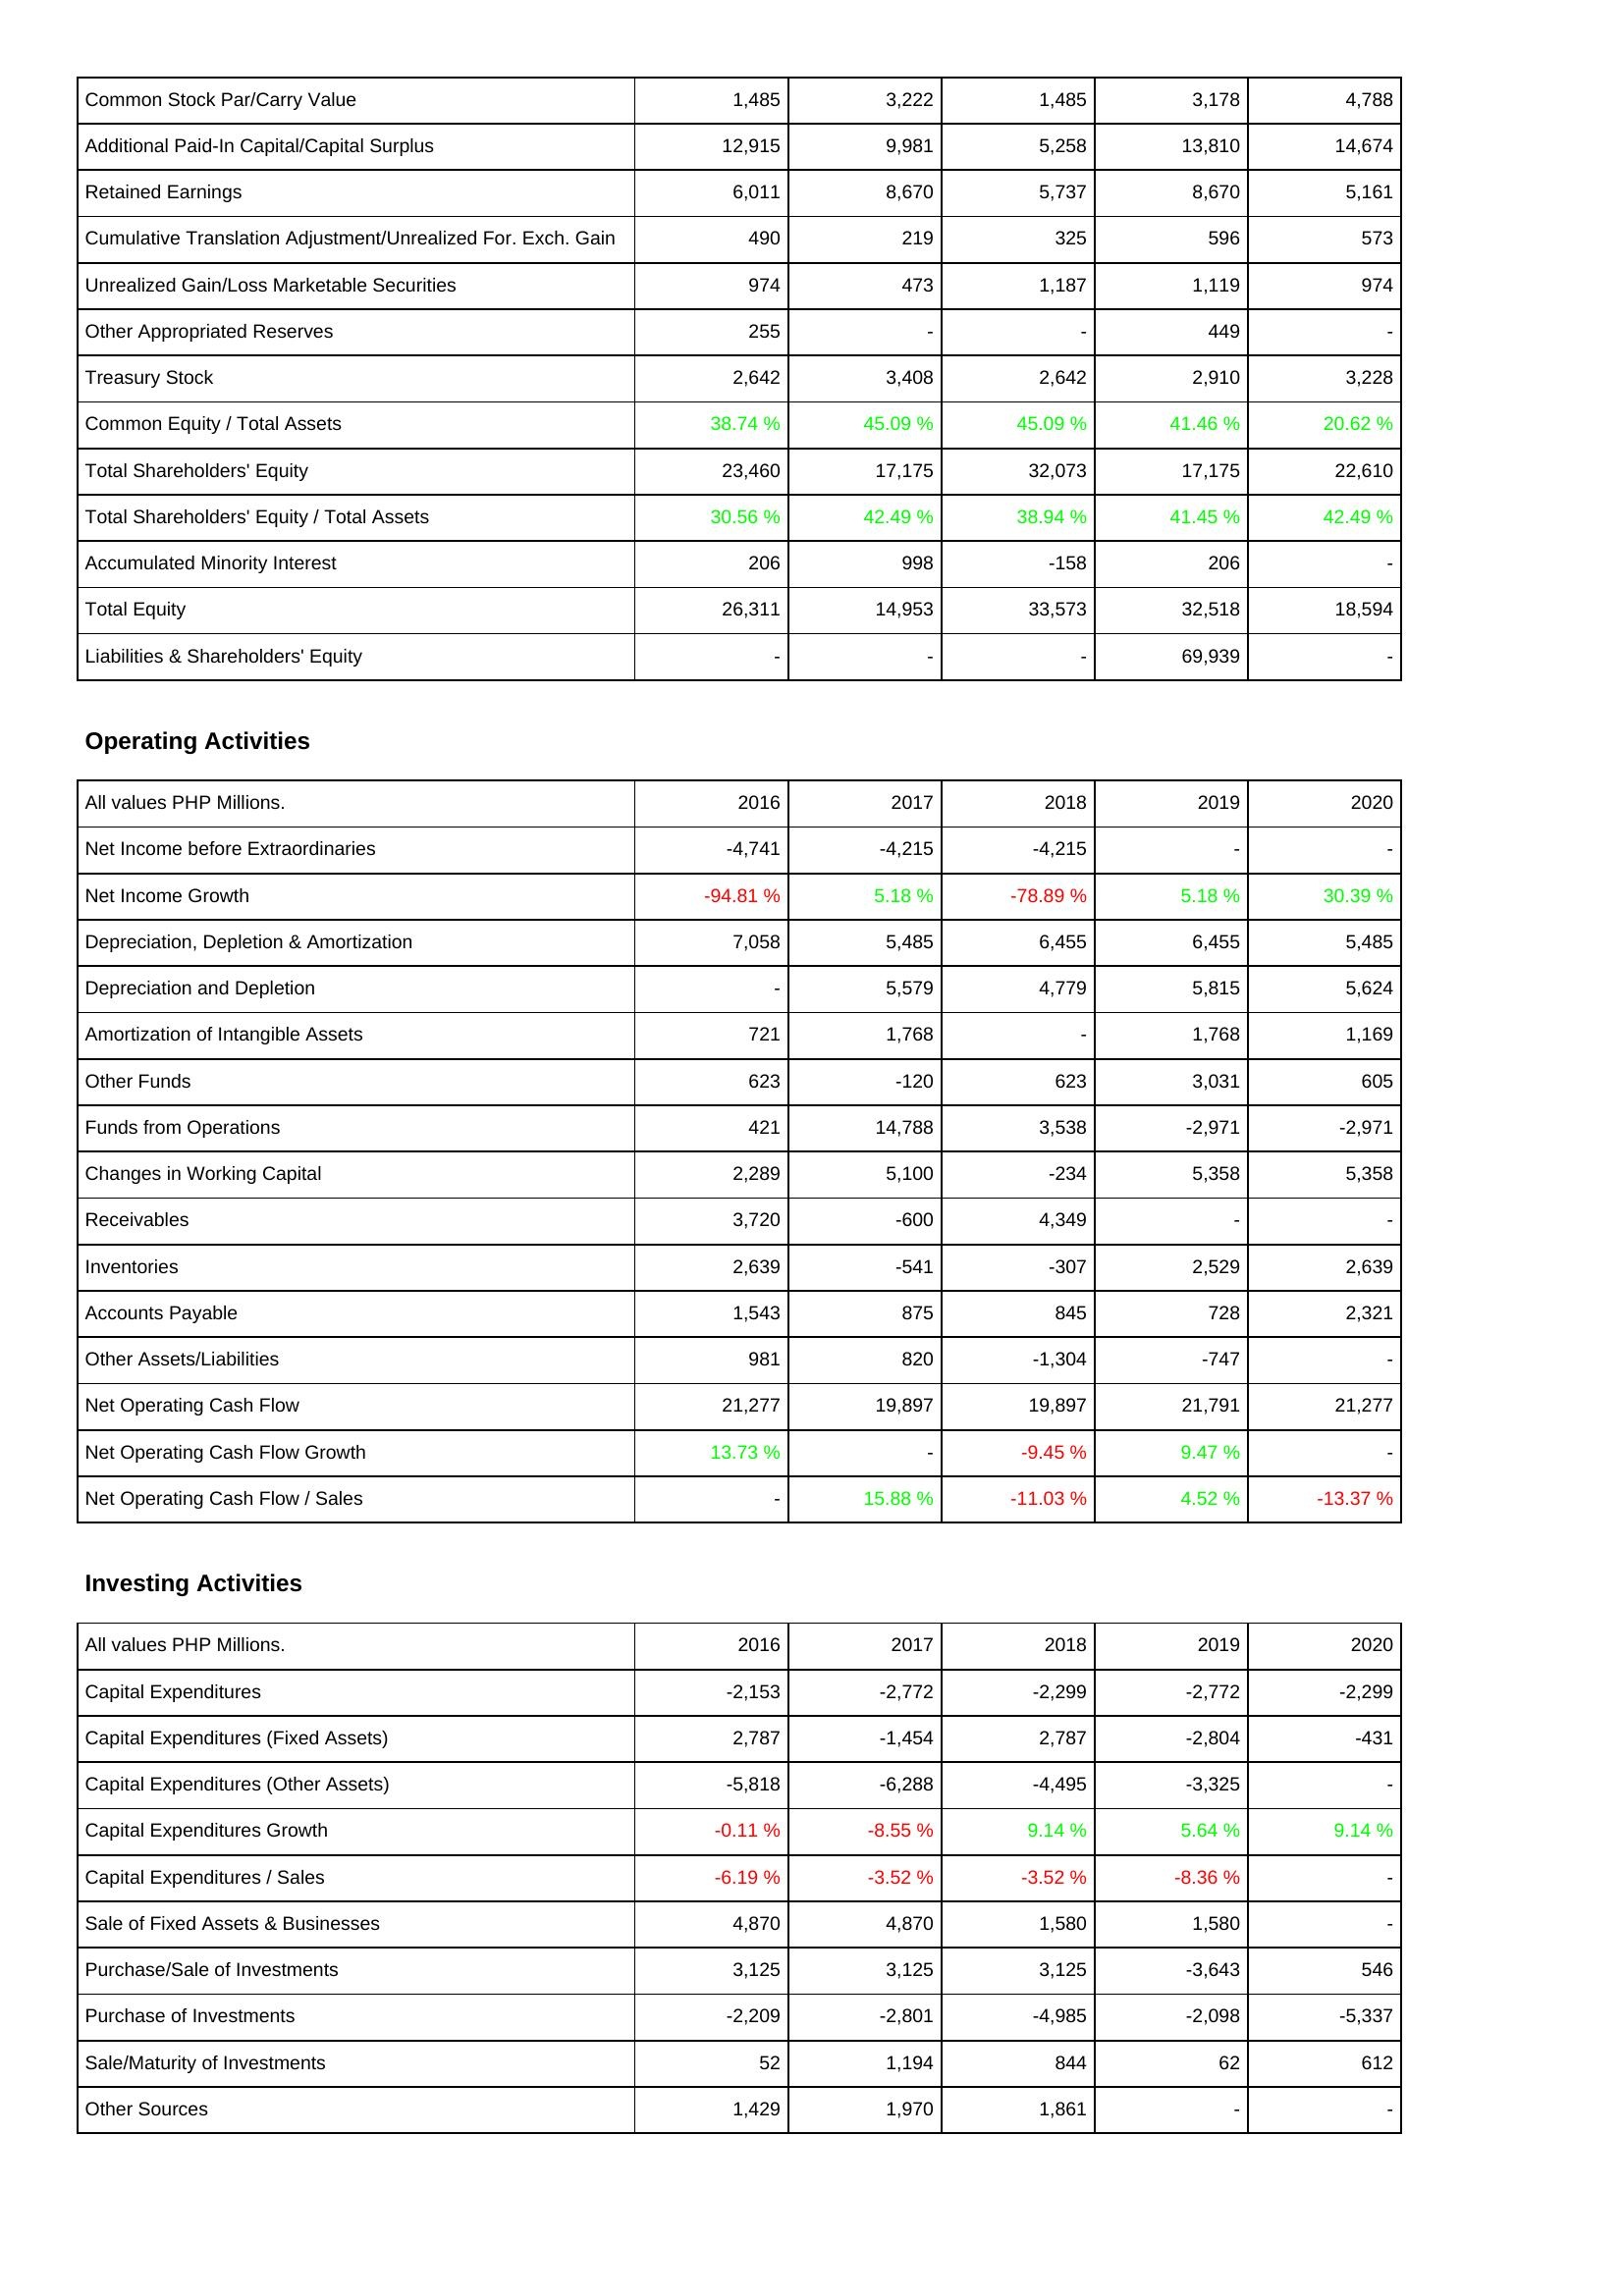
2016: Liabilities & Shareholders' Equity: Common Stock Par/Carry Value: 1,485
Additional Paid-In Capital/Capital Surplus: 12,915
Retained Earnings: 6,011
Cumulative Translation Adjustment/Unrealized For. Exch. Gain: 490
Unrealized Gain/Loss Marketable Securities: 974
Other Appropriated Reserves: 255
Treasury Stock: 2,642
Common Equity / Total Assets: 38.74 %
Total Shareholders' Equity: 23,460
Total Shareholders' Equity / Total Assets: 30.56 %
Accumulated Minority Interest: 206
Total Equity: 26,311
Liabilities & Shareholders' Equity: -
Operating Activities: Net Income before Extraordinaries: -4,741
Net Income Growth: -94.81 %
Depreciation, Depletion & Amortization: 7,058
Depreciation and Depletion: -
Amortization of Intangible Assets: 721
Other Funds: 623
Funds from Operations: 421
Changes in Working Capital: 2,289
Receivables: 3,720
Inventories: 2,639
Accounts Payable: 1,543
Other Assets/Liabilities: 981
Net Operating Cash Flow: 21,277
Net Operating Cash Flow Growth: 13.73 %
Net Operating Cash Flow / Sales: -
Investing Activities: Capital Expenditures: -2,153
Capital Expenditures (Fixed Assets): 2,787
Capital Expenditures (Other Assets): -5,818
Capital Expenditures Growth: -0.11 %
Capital Expenditures / Sales: -6.19 %
Sale of Fixed Assets & Businesses: 4,870
Purchase/Sale of Investments: 3,125
Purchase of Investments: -2,209
Sale/Maturity of Investments: 52
Other Sources: 1,429
2017: Liabilities & Shareholders' Equity: Common Stock Par/Carry Value: 3,222
Additional Paid-In Capital/Capital Surplus: 9,981
Retained Earnings: 8,670
Cumulative Translation Adjustment/Unrealized For. Exch. Gain: 219
Unrealized Gain/Loss Marketable Securities: 473
Other Appropriated Reserves: -
Treasury Stock: 3,408
Common Equity / Total Assets: 45.09 %
Total Shareholders' Equity: 17,175
Total Shareholders' Equity / Total Assets: 42.49 %
Accumulated Minority Interest: 998
Total Equity: 14,953
Liabilities & Shareholders' Equity: -
Operating Activities: Net Income before Extraordinaries: -4,215
Net Income Growth: 5.18 %
Depreciation, Depletion & Amortization: 5,485
Depreciation and Depletion: 5,579
Amortization of Intangible Assets: 1,768
Other Funds: -120
Funds from Operations: 14,788
Changes in Working Capital: 5,100
Receivables: -600
Inventories: -541
Accounts Payable: 875
Other Assets/Liabilities: 820
Net Operating Cash Flow: 19,897
Net Operating Cash Flow Growth: -
Net Operating Cash Flow / Sales: 15.88 %
Investing Activities: Capital Expenditures: -2,772
Capital Expenditures (Fixed Assets): -1,454
Capital Expenditures (Other Assets): -6,288
Capital Expenditures Growth: -8.55 %
Capital Expenditures / Sales: -3.52 %
Sale of Fixed Assets & Businesses: 4,870
Purchase/Sale of Investments: 3,125
Purchase of Investments: -2,801
Sale/Maturity of Investments: 1,194
Other Sources: 1,970
2018: Liabilities & Shareholders' Equity: Common Stock Par/Carry Value: 1,485
Additional Paid-In Capital/Capital Surplus: 5,258
Retained Earnings: 5,737
Cumulative Translation Adjustment/Unrealized For. Exch. Gain: 325
Unrealized Gain/Loss Marketable Securities: 1,187
Other Appropriated Reserves: -
Treasury Stock: 2,642
Common Equity / Total Assets: 45.09 %
Total Shareholders' Equity: 32,073
Total Shareholders' Equity / Total Assets: 38.94 %
Accumulated Minority Interest: -158
Total Equity: 33,573
Liabilities & Shareholders' Equity: -
Operating Activities: Net Income before Extraordinaries: -4,215
Net Income Growth: -78.89 %
Depreciation, Depletion & Amortization: 6,455
Depreciation and Depletion: 4,779
Amortization of Intangible Assets: -
Other Funds: 623
Funds from Operations: 3,538
Changes in Working Capital: -234
Receivables: 4,349
Inventories: -307
Accounts Payable: 845
Other Assets/Liabilities: -1,304
Net Operating Cash Flow: 19,897
Net Operating Cash Flow Growth: -9.45 %
Net Operating Cash Flow / Sales: -11.03 %
Investing Activities: Capital Expenditures: -2,299
Capital Expenditures (Fixed Assets): 2,787
Capital Expenditures (Other Assets): -4,495
Capital Expenditures Growth: 9.14 %
Capital Expenditures / Sales: -3.52 %
Sale of Fixed Assets & Businesses: 1,580
Purchase/Sale of Investments: 3,125
Purchase of Investments: -4,985
Sale/Maturity of Investments: 844
Other Sources: 1,861
2019: Liabilities & Shareholders' Equity: Common Stock Par/Carry Value: 3,178
Additional Paid-In Capital/Capital Surplus: 13,810
Retained Earnings: 8,670
Cumulative Translation Adjustment/Unrealized For. Exch. Gain: 596
Unrealized Gain/Loss Marketable Securities: 1,119
Other Appropriated Reserves: 449
Treasury Stock: 2,910
Common Equity / Total Assets: 41.46 %
Total Shareholders' Equity: 17,175
Total Shareholders' Equity / Total Assets: 41.45 %
Accumulated Minority Interest: 206
Total Equity: 32,518
Liabilities & Shareholders' Equity: 69,939
Operating Activities: Net Income before Extraordinaries: -
Net Income Growth: 5.18 %
Depreciation, Depletion & Amortization: 6,455
Depreciation and Depletion: 5,815
Amortization of Intangible Assets: 1,768
Other Funds: 3,031
Funds from Operations: -2,971
Changes in Working Capital: 5,358
Receivables: -
Inventories: 2,529
Accounts Payable: 728
Other Assets/Liabilities: -747
Net Operating Cash Flow: 21,791
Net Operating Cash Flow Growth: 9.47 %
Net Operating Cash Flow / Sales: 4.52 %
Investing Activities: Capital Expenditures: -2,772
Capital Expenditures (Fixed Assets): -2,804
Capital Expenditures (Other Assets): -3,325
Capital Expenditures Growth: 5.64 %
Capital Expenditures / Sales: -8.36 %
Sale of Fixed Assets & Businesses: 1,580
Purchase/Sale of Investments: -3,643
Purchase of Investments: -2,098
Sale/Maturity of Investments: 62
Other Sources: -
2020: Liabilities & Shareholders' Equity: Common Stock Par/Carry Value: 4,788
Additional Paid-In Capital/Capital Surplus: 14,674
Retained Earnings: 5,161
Cumulative Translation Adjustment/Unrealized For. Exch. Gain: 573
Unrealized Gain/Loss Marketable Securities: 974
Other Appropriated Reserves: -
Treasury Stock: 3,228
Common Equity / Total Assets: 20.62 %
Total Shareholders' Equity: 22,610
Total Shareholders' Equity / Total Assets: 42.49 %
Accumulated Minority Interest: -
Total Equity: 18,594
Liabilities & Shareholders' Equity: -
Operating Activities: Net Income before Extraordinaries: -
Net Income Growth: 30.39 %
Depreciation, Depletion & Amortization: 5,485
Depreciation and Depletion: 5,624
Amortization of Intangible Assets: 1,169
Other Funds: 605
Funds from Operations: -2,971
Changes in Working Capital: 5,358
Receivables: -
Inventories: 2,639
Accounts Payable: 2,321
Other Assets/Liabilities: -
Net Operating Cash Flow: 21,277
Net Operating Cash Flow Growth: -
Net Operating Cash Flow / Sales: -13.37 %
Investing Activities: Capital Expenditures: -2,299
Capital Expenditures (Fixed Assets): -431
Capital Expenditures (Other Assets): -
Capital Expenditures Growth: 9.14 %
Capital Expenditures / Sales: -
Sale of Fixed Assets & Businesses: -
Purchase/Sale of Investments: 546
Purchase of Investments: -5,337
Sale/Maturity of Investments: 612
Other Sources: -